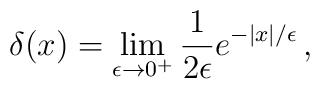
\delta (x) = \lim_{\epsilon\rightarrow 0^+} {1\over 2\epsilon} e^{-|x|/\epsilon}\,,